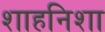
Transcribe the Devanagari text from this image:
शाहनिशा